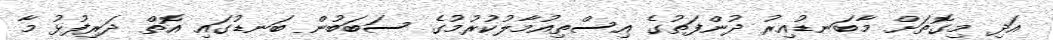
އަދި މިގޮތަށް މާބަނޑުއިރު ދުންފަތުގެ އިސްތިއުމާލުކުރުމުގެ ސަބަބުން ބަނޑުގައި އޮތް ދަރިފުޅު މާ